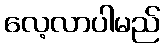
လေ့လာပါမည်